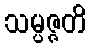
သမ္ပဇ္ဇတိ